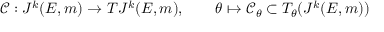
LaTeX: { \mathcal { C } } : J ^ { k } ( E , m ) \rightarrow T J ^ { k } ( E , m ) , \qquad \theta \mapsto { \mathcal { C } } _ { \theta } \subset T _ { \theta } ( J ^ { k } ( E , m ) )